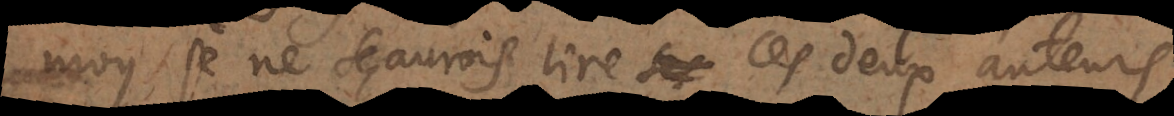
moy je ne sçaurois lire ces deux auteurs